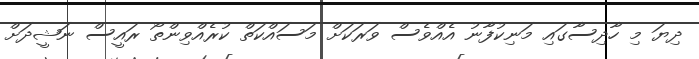
ދިޔަ މި ހާދިސާގައި މަނިކުފާނު އެއްވެސް ވަރަކަށް މަސައްކަތް ކުރެއްވިންތޯ ރައީސް ނަޝީދަށް